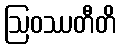
ဩဝဿတီတိ